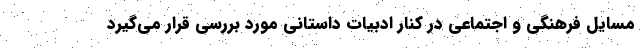
مسایل فرهنگی و اجتماعی در کنار ادبیات داستانی مورد بررسی قرار می­گیرد